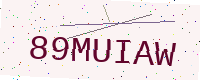
Text: 89MUIAW